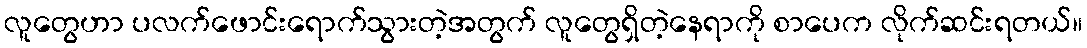
လူတွေဟာ ပလက်ဖောင်းရောက်သွားတဲ့အတွက် လူတွေရှိတဲ့နေရာကို စာပေက လိုက်ဆင်းရတယ်။